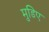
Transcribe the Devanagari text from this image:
मुडिए